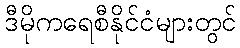
ဒီမိုကရေစီနိုင်ငံများတွင်